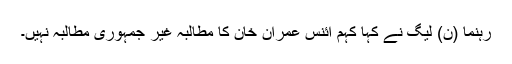
رہنما (ن) لیگ نے کہا کہم ائنس عمران خان کا مطالبہ غیر جمہوری مطالبہ نہیں۔